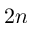
2 n